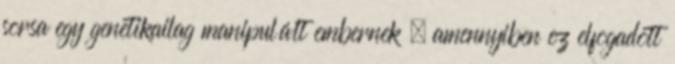
sorsa egy genetikailag manipulált embernek – amennyiben ez elfogadott